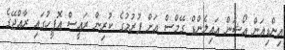
އިންޑިއަން އޯޝަން އައިލެންޑް ގޭމްސް އަށް ފުރުމުގެ ކުރިން ރައީސް އޮފީހުގައި ރާއްޖޭގެ